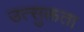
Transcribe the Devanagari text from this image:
उत्सुक्तता